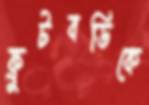
ফ্রুটবডিকে